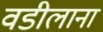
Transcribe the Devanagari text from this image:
वडीलाना